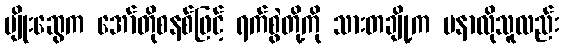
မျိုးဆွေက အော်တိုစနစ်ဖြင့် ရက်စွဲတို့ကို သားတချို့က မနာလိုသူလည်း